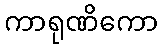
ကာရုဏိကော